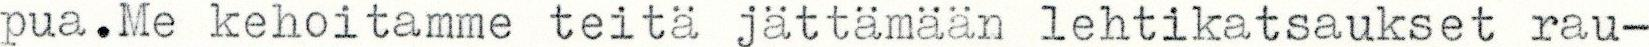
pua.Me kehoitamme teitä jättämään lehtikatsaukset rau-